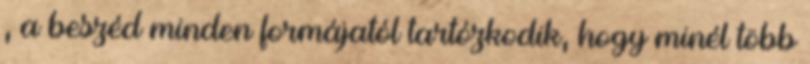
, a beszéd minden formájatól tartózkodik, hogy minél több